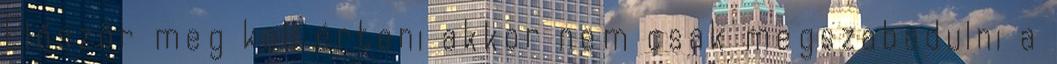
Először meg kell érteni akkor nem csak megszabadulni a